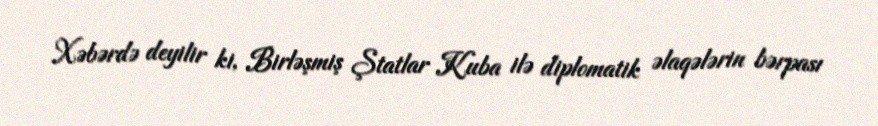
Xəbərdə deyilir ki, Birləşmiş Ştatlar Kuba ilə diplomatik əlaqələrin bərpası